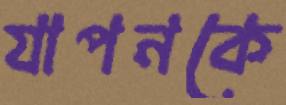
যাপনকে